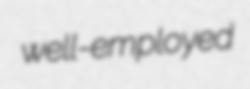
well-employed